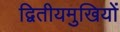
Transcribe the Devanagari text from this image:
द्वितीयमुखियों